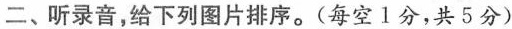
二、听录音，给下列图片排序。(每空1分，共5分)